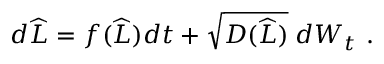
\begin{array} { r } { d \widehat { L } = f ( \widehat { L } ) d t + \sqrt { D ( \widehat { L } ) } \; d W _ { t } \ . } \end{array}